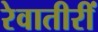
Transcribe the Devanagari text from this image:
रेवातीरीं